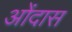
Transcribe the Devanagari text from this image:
ओंदास